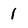
Character: 1